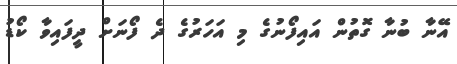
އޭނާ ބުނާ ގޮތުން އައިފޯނުގެ މި އަހަރުގެ ދެ ފޯނަށް ދީފައިވާ ކޯޑު